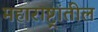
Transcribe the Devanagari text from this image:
महाराष्ट्रांतील